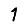
Digit: 1